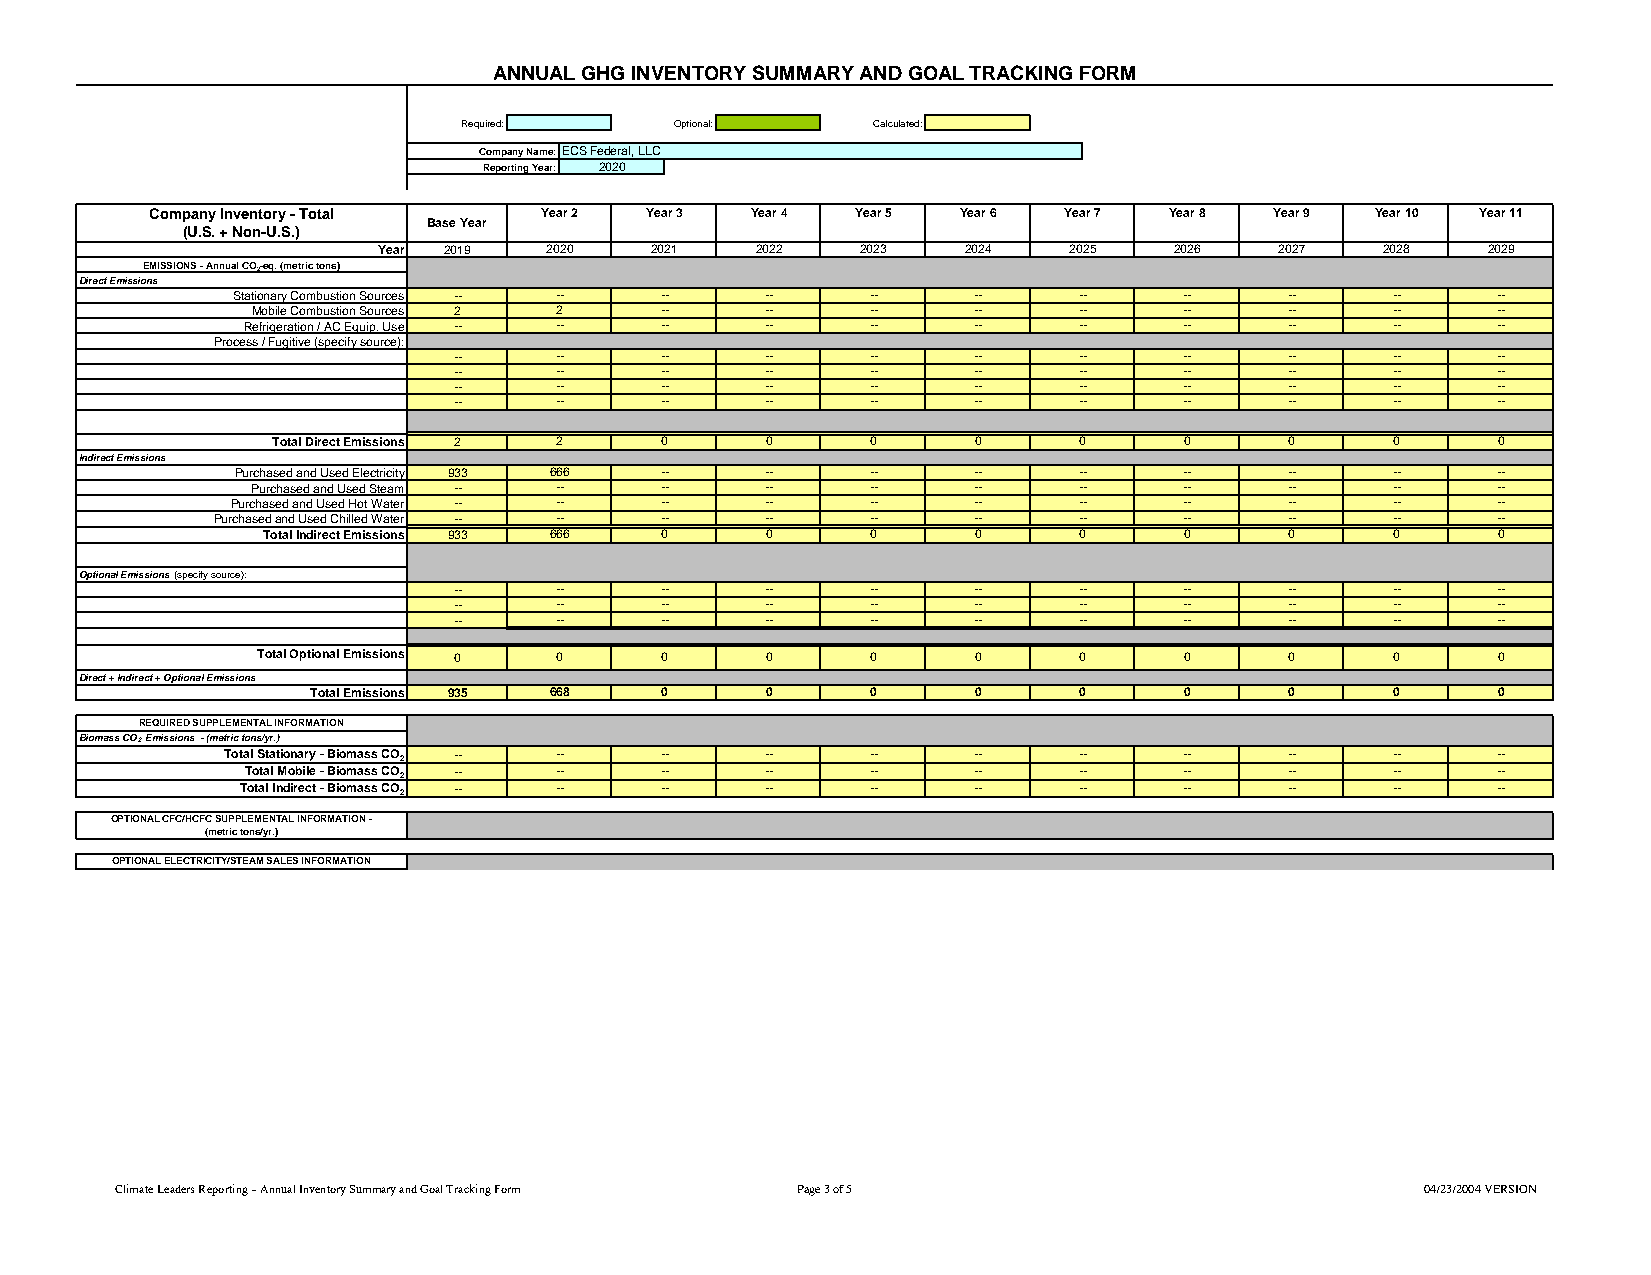
ANNUAL GHG INVENTORY SUMMARY AND GOAL TRACKING FORM
 Required:     Optional:    Calculated:
 Company Name:ECS Federal, LLC
 Reporting Year: 2020
 Company Inventory - Total Year 2 Year 3 Year 4 Year 5 Year 6 Year 7 Year 8 Year 9 Year 10 Year 11
 Base Year
 (U.S. + Non-U.S.)
 Year 2019  2020   2021   2022   2023   2024   2025   2026   2027   2028  2029
 EMISSIONS - Annual CO2-eq. (metric tons)
 Direct Emissions
 Stationary Combustion Sources -- -- -- --  --    --     --     --     --     --     --
 Mobile Combustion Sources 2 2 --  --     --    --     --     --     --     --     --
 Refrigeration / AC Equip. Use -- -- -- -- --    --     --     --     --     --     --
 Process / Fugitive (specify source):
 --     --     --     --     --    --     --     --     --     --     --
 --     --     --     --     --    --     --     --     --     --     --
 --     --     --     --     --    --     --     --     --     --     --
 --     --     --     --     --    --     --     --     --     --     --
 Total Direct Emissions 2 2 0     0      0     0      0      0      0      0      0
 Indirect Emissions
 Purchased and Used Electricity 933 666 -- -- -- --     --     --     --     --     --
 Purchased and Used Steam -- -- -- --     --    --     --     --     --     --     --
 Purchased and Used Hot Water -- -- -- --   --    --     --     --     --     --     --
 Purchased and Used Chilled Water -- -- -- -- --   --     --     --     --     --     --
 Total Indirect Emissions 933 666 0 0     0     0      0      0      0      0      0
 Optional Emissions (specify source):
 --     --     --     --     --    --     --     --     --     --     --
 --     --     --     --     --    --     --     --     --     --     --
 --     --     --     --     --    --     --     --     --     --     --
 Total Optional Emissions 0 0 0    0      0     0      0      0      0      0      0
 Direct + Indirect + Optional Emissions
 Total Emissions 935 668 0     0      0     0      0      0      0      0      0
 REQUIRED SUPPLEMENTAL INFORMATION
 Biomass CO2 Emissions - (metric tons/yr.)
 Total Stationary - Biomass CO2 -- -- -- -- --    --     --     --     --     --     --
 Total Mobile - Biomass CO2 -- -- -- --    --    --     --     --     --     --     --
 Total Indirect - Biomass CO2 -- -- -- --  --    --     --     --     --     --     --
 OPTIONAL CFC/HCFC SUPPLEMENTAL INFORMATION -
 (metric tons/yr.)
 OPTIONAL ELECTRICITY/STEAM SALES INFORMATION
 Climate Leaders Reporting – Annual Inventory Summary and Goal Tracking Form Page 3 of 5 04/23/2004 VERSION